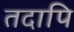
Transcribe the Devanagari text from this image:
तदापि